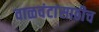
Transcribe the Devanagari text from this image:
वाळवंटांसाठीच